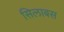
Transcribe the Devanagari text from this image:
सिलाबस